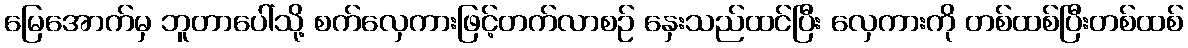
မြေအောက်မှ ဘူတာပေါ်သို့ စက်လှေကားဖြင့်တက်လာစဉ် နှေးသည်ထင်ပြီး လှေကားကို တစ်ထစ်ပြီးတစ်ထစ်